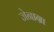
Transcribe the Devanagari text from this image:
जेनाग्रा